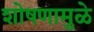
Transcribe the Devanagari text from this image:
शोषणामुळे